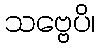
သဗ္ဗေပိ၊